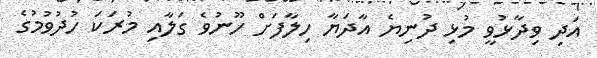
އަދި ވިދާޅުވީ މުޅި ދުނިޔެ އާދަޔާ ހިލާފަށް ހޫނުވެ ގަލާއި މުރަކަ ހުދުވުމުގެ